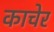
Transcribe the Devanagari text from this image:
काचेर